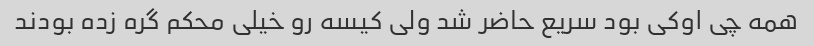
همه چی اوکی بود سریع حاضر شد ولی کیسه رو خیلی محکم گره زده بودند